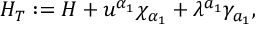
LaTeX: H _ { T } : = H + u ^ { \alpha _ { 1 } } \chi _ { \alpha _ { 1 } } + \lambda ^ { a _ { 1 } } \gamma _ { a _ { 1 } } ,